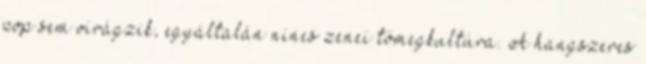
pop sem virágzik, egyáltalán nincs zenei tömegkultúra. A hangszeres